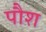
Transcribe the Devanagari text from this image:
पौश